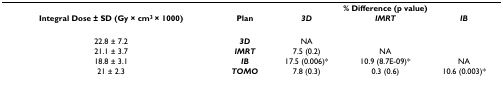
|  |  | <COLSPAN=3> % Difference (p value) |
 | Integral Dose ± SD (Gy × cm3 × 1000) | Plan | 3D | IMRT | IB |
 | --- | --- | --- | --- | --- |
 | 22.8 ± 7.2 | 3D | NA |  |  |
 | 21.1 ± 3.7 | IMRT | 7.5 (0.2) | NA |  |
 | 18.8 ± 3.1 | IB | 17.5 (0.006)* | 10.9 (8.7E-09)* | NA |
 | 21 ± 2.3 | TOMO | 7.8 (0.3) | 0.3 (0.6) | 10.6 (0.003)* |